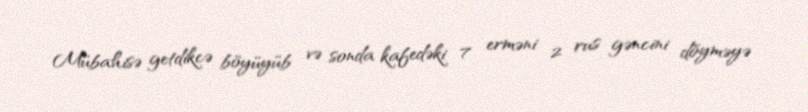
Mübahisə getdikcə böyüyüb və sonda kafedəki 7 erməni 2 rus gəncini döyməyə